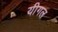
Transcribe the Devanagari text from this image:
यीगल